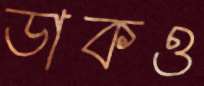
ডাকও